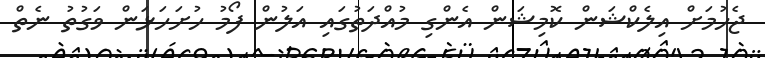
ޖެހުމަށް އިލެކްޝަން ކޮމިޝަން އެންގި މުއްދަތުގައި އަލުން ފޯމު ހުށަހަޅަން ވަގުތު ނެތް